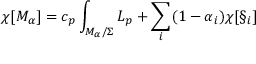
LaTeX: \chi [ { \cal M } _ { \alpha } ] = c _ { p } \int _ { { \cal M } _ { \alpha } / \Sigma } { \cal L } _ { p } + \sum _ { i } ( 1 - \alpha _ { i } ) \chi [ \S _ { i } ]